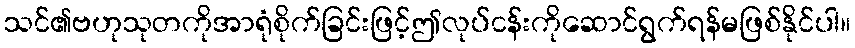
သင်၏ဗဟုသုတကိုအာရုံစိုက်ခြင်းဖြင့်ဤလုပ်ငန်းကိုဆောင်ရွက်ရန်မဖြစ်နိုင်ပါ။